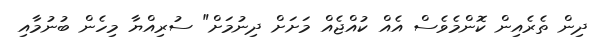
ދިން ތެރެއިން ކޮންމެވެސް އެއް ކުއްޖެއް މަށަށް ދިނުމަށް" ސުރިއްޔާ މިހެން ބުނުމާއި